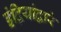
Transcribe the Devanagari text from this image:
इंद्रियांद्वारे